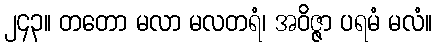
၂၄၃။ တတော မလာ မလတရံ၊ အဝိဇ္ဇာ ပရမံ မလံ။